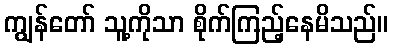
ကျွန်တော် သူ့ကိုသာ စိုက်ကြည့်နေမိသည်။